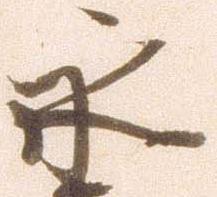
永